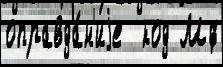
оправда́н'иjе  код Мф